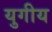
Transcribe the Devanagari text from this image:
युगीय